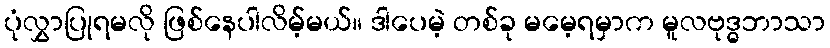
ပုံလွှာပြုရမလို ဖြစ်နေပါလိမ့်မယ်။ ဒါပေမဲ့ တစ်ခု မမေ့ရမှာက မူလဗုဒ္ဓဘာသာ